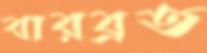
বারব্রত